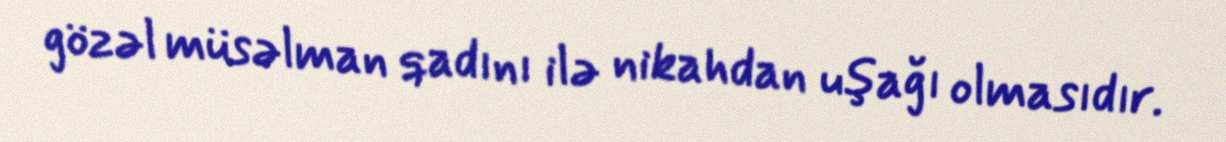
gözəl müsəlman qadını ilə nikahdan uşağı olmasıdır.